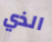
الذي